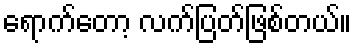
ရောက်တော့ လက်ပြတ်ဖြစ်တယ်။